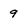
Character: 9